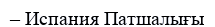
– Испания Патшалығы